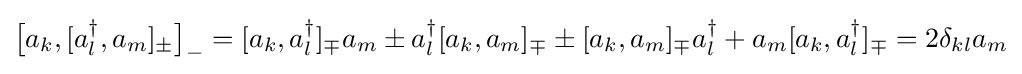
{\big [}a_{k},[a_{l}^{\dagger },a_{m}]_{\pm }{\big ]}_{-}=[a_{k},a_{l}^{\dagger }]_{\mp }a_{m}\pm a_{l}^{\dagger }[a_{k},a_{m}]_{\mp }\pm [a_{k},a_{m}]_{\mp }a_{l}^{\dagger }+a_{m}[a_{k},a_{l}^{\dagger }]_{\mp }=2\delta _{kl}a_{m}